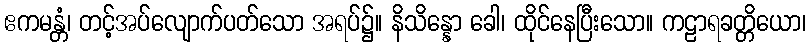
ဧကမန္တံ၊ တင့်အပ်လျောက်ပတ်သော အရပ်၌။ နိသိန္နော ခေါ၊ ထိုင်နေပြီးသော။ ကဠာရခတ္တိယော၊